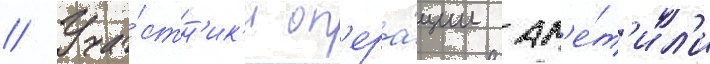
// Уча́стн'ик'и оп'ера́ции зам'е́т'ил'и